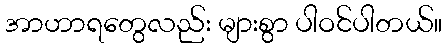
အာဟာရတွေလည်း များစွာ ပါဝင်ပါတယ်။